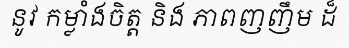
នូវ កម្លាំងចិត្ត និង ភាពញញឹម ដ៏